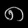
Digit: ၈